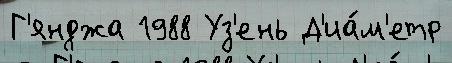
Г'янджа 1988 Уз'ень Д'иа́м'етр